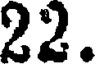
22.